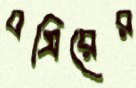
বসিরের